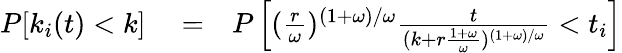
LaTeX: \begin{array}{rlr}{P[k_{i}(t)<k]}&{{}=}&{P\left[(\frac{r}{\omega})^{(1+\omega)/\omega}\frac{t}{(k+r\frac{1+\omega}{\omega})^{(1+\omega)/\omega}}<t_{i}\right]}\end{array}